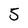
Character: 5